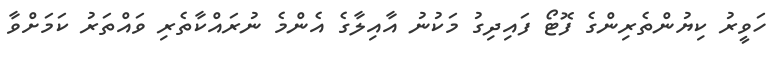
ހަވީރު ކިޔުންތެރިންގެ ފޮޓޯ ފައިދިގު މަކުނު އާއިލާގެ އެންމެ ނުރައްކާތެރި ވައްތަރު ކަމަށްވާ